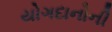
યોગદાનોની